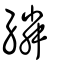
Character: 繗